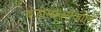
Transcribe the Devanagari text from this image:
बेंज़ीसोक्सैज़ोल